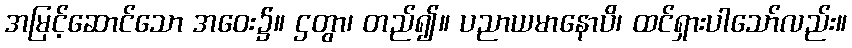
အမြင့်ဆောင်သော အဝေး၌။ ဌတွာ၊ တည်၍။ ပညာယမာနောပိ၊ ထင်ရှားပါသော်လည်း။